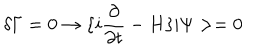
LaTeX: \delta \Gamma = 0 \rightarrow \{ i { \frac { \partial } { \partial t } } - H \} | \Psi > = 0